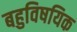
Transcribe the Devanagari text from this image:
बहुविषयिक